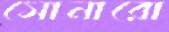
সোনারো